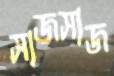
সাজসাজ